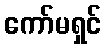
ကော်မရှင်